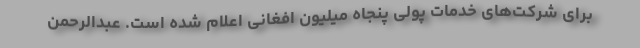
برای شرکت‌های خدمات پولی پنجاه میلیون افغانی اعلام شده است. عبدالرحمن